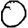
Digit: 0